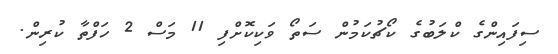
ސިފައިންގެ ކްލަބުގެ ކޯޗުކަމުން ސަތޯ ވަކިކޮށްފި 11 މަސް 2 ހަފްތާ ކުރިން.